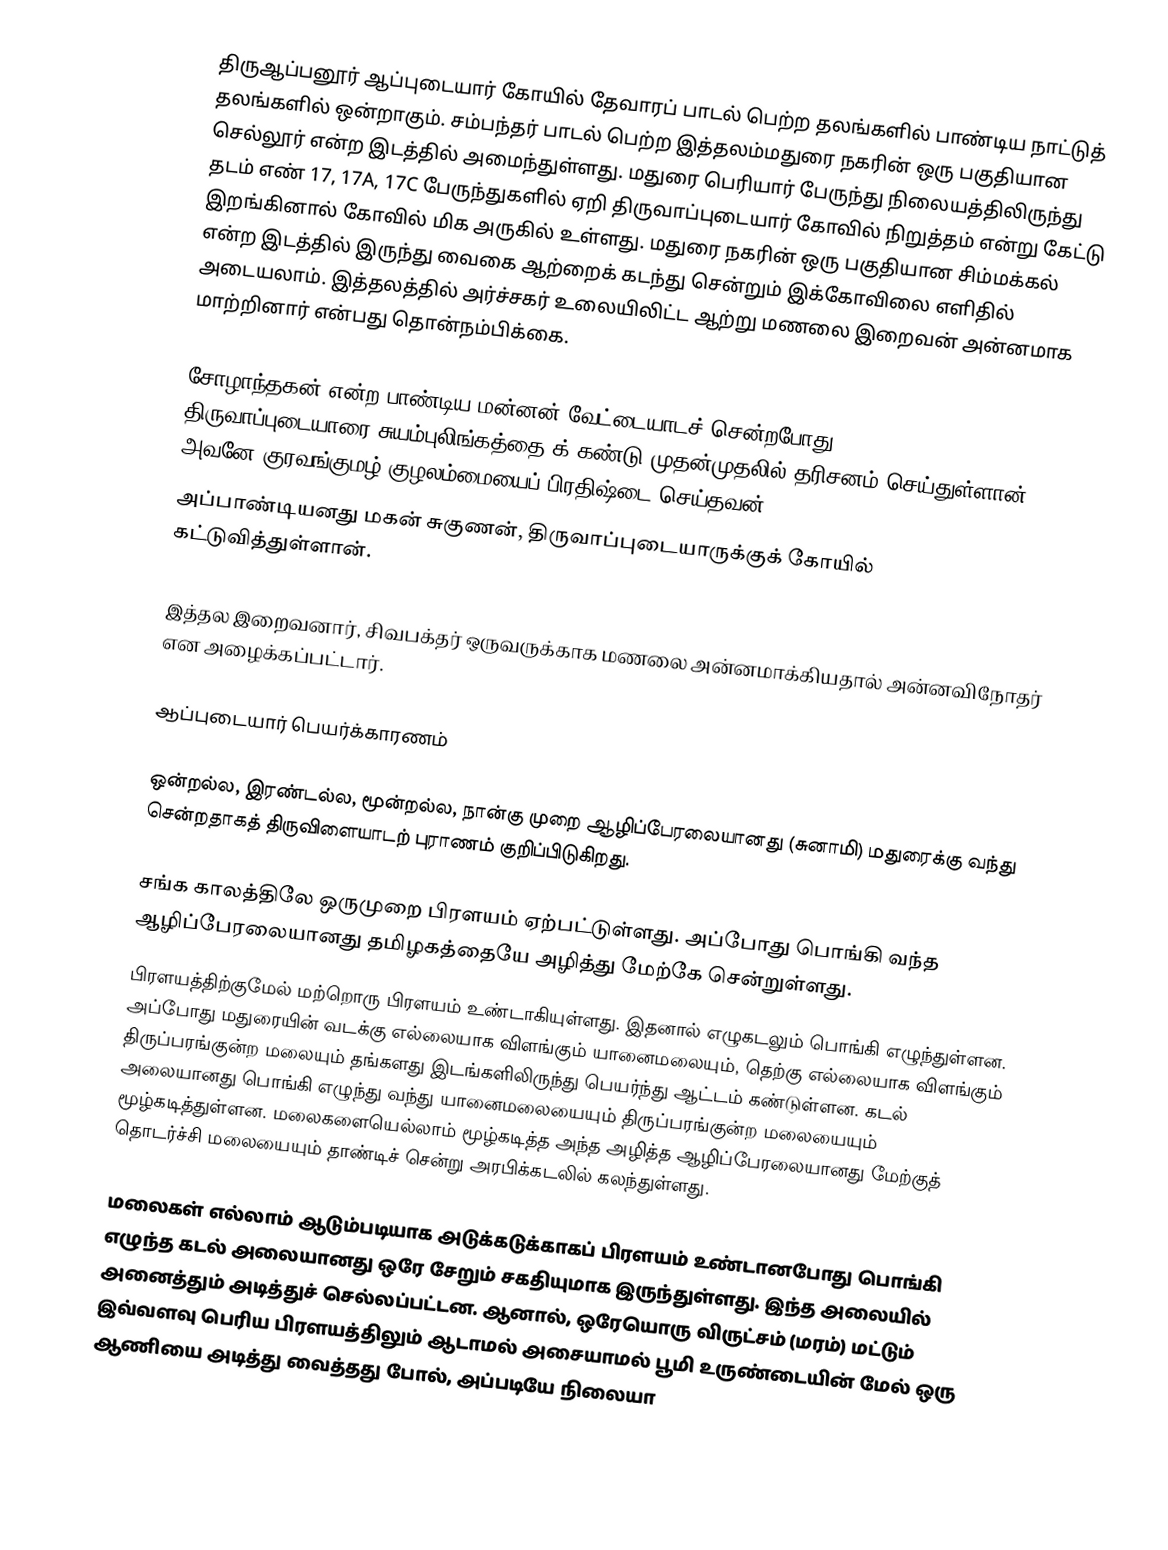
திருஆப்பனூர் ஆப்புடையார் கோயில்  தேவாரப் பாடல் பெற்ற தலங்களில்  பாண்டிய நாட்டுத் தலங்களில் ஒன்றாகும். சம்பந்தர் பாடல் பெற்ற இத்தலம்மதுரை நகரின் ஒரு பகுதியான செல்லூர் என்ற இடத்தில் அமைந்துள்ளது. மதுரை பெரியார் பேருந்து நிலையத்திலிருந்து தடம் எண் 17, 17A, 17C பேருந்துகளில் ஏறி திருவாப்புடையார் கோவில் நிறுத்தம் என்று கேட்டு இறங்கினால் கோவில் மிக அருகில் உள்ளது. மதுரை நகரின் ஒரு பகுதியான சிம்மக்கல் என்ற இடத்தில் இருந்து வைகை ஆற்றைக் கடந்து சென்றும் இக்கோவிலை எளிதில் அடையலாம்.  இத்தலத்தில் அர்ச்சகர் உலையிலிட்ட ஆற்று மணலை இறைவன் அன்னமாக மாற்றினார் என்பது தொன்நம்பிக்கை.

சோழாந்தகன் என்ற பாண்டிய மன்னன் வேட்டையாடச் சென்றபோது திருவாப்புடையாரை(சுயம்புலிங்கத்தை)க் கண்டு முதன்முதலில் தரிசனம் செய்துள்ளான்.  அவனே குரவங்குமழ் குழலம்மையைப் பிரதிஷ்டை செய்தவன்.
அப்பாண்டியனது மகன் சுகுணன், திருவாப்புடையாருக்குக் கோயில் கட்டுவித்துள்ளான்.

இத்தல இறைவனார், சிவபக்தர் ஒருவருக்காக மணலை அன்னமாக்கியதால் அன்னவிநோதர் என அழைக்கப்பட்டார்.

ஆப்புடையார் பெயர்க்காரணம்

ஒன்றல்ல, இரண்டல்ல, மூன்றல்ல, நான்கு முறை ஆழிப்பேரலையானது (சுனாமி) மதுரைக்கு வந்து சென்றதாகத் திருவிளையாடற் புராணம் குறிப்பிடுகிறது.

சங்க காலத்திலே ஒருமுறை பிரளயம் ஏற்பட்டுள்ளது. அப்போது பொங்கி வந்த ஆழிப்பேரலையானது தமிழகத்தையே  அழித்து மேற்கே சென்றுள்ளது.
பிரளயத்திற்குமேல் மற்றொரு பிரளயம் உண்டாகியுள்ளது. இதனால் எழுகடலும் பொங்கி எழுந்துள்ளன.  அப்போது மதுரையின் வடக்கு எல்லையாக விளங்கும் யானைமலையும், தெற்கு எல்லையாக விளங்கும் திருப்பரங்குன்ற மலையும் தங்களது இடங்களிலிருந்து பெயர்ந்து ஆட்டம் கண்டுள்ளன. கடல் அலையானது பொங்கி எழுந்து வந்து யானைமலையையும் திருப்பரங்குன்ற மலையையும் மூழ்கடித்துள்ளன.  மலைகளையெல்லாம் மூழ்கடித்த அந்த அழித்த ஆழிப்பேரலையானது மேற்குத் தொடர்ச்சி மலையையும் தாண்டிச் சென்று அரபிக்கடலில் கலந்துள்ளது.

மலைகள் எல்லாம் ஆடும்படியாக அடுக்கடுக்காகப் பிரளயம் உண்டானபோது பொங்கி எழுந்த கடல் அலையானது ஒரே சேறும் சகதியுமாக இருந்துள்ளது.  இந்த அலையில் அனைத்தும் அடித்துச் செல்லப்பட்டன.  ஆனால், ஒரேயொரு விருட்சம் (மரம்) மட்டும் இவ்வளவு பெரிய  பிரளயத்திலும் ஆடாமல் அசையாமல் பூமி உருண்டையின் மேல் ஒரு ஆணியை அடித்து வைத்தது போல், அப்படியே நிலையா